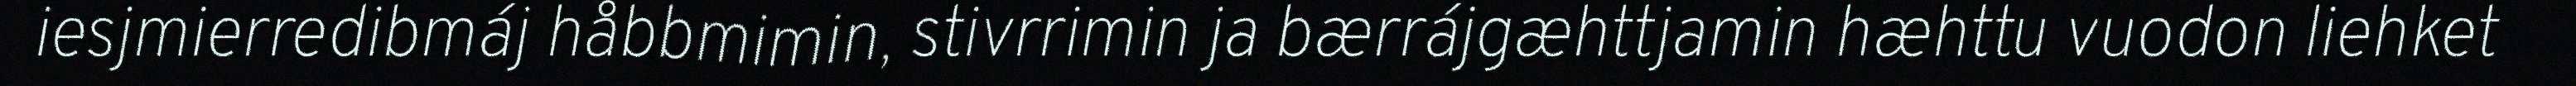
iesjmierredibmáj håbbmimin, stivrrimin ja bærrájgæhttjamin hæhttu vuodon liehket